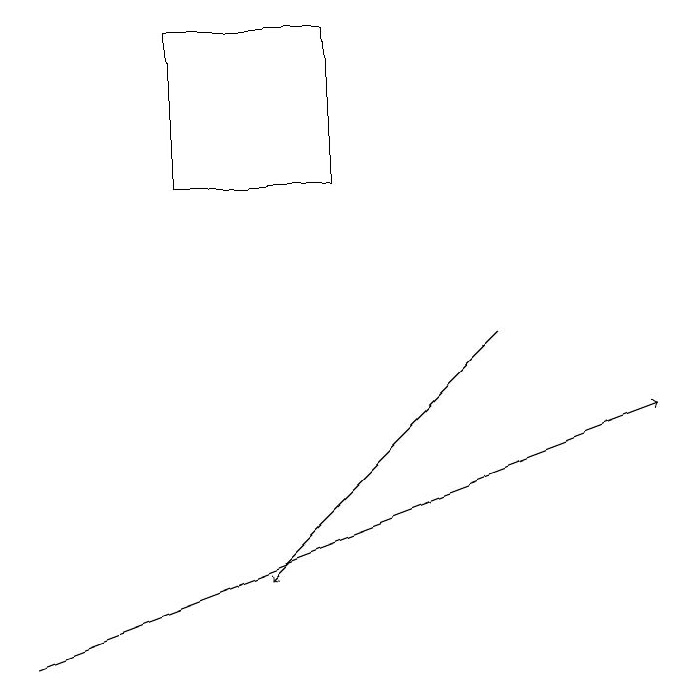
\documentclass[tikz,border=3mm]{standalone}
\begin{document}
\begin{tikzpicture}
\draw[->] (0,10) -- (8,13);
\draw (4,16) rectangle (2,18);
\draw[->] (6,14) -- (3,11);
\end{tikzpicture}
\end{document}